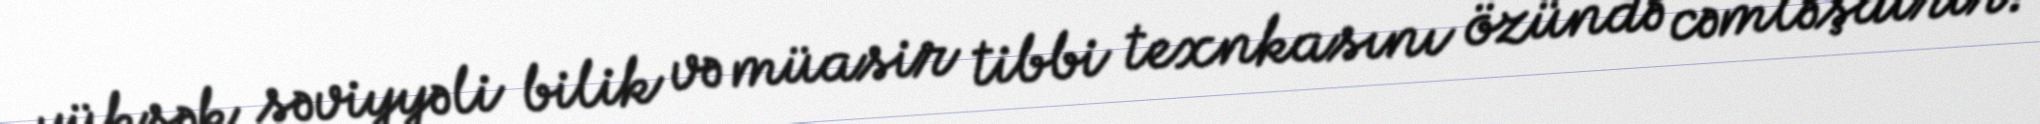
yüksək səviyyəli bilik və müasir tibbi texnkasını özündə cəmləşdirir.